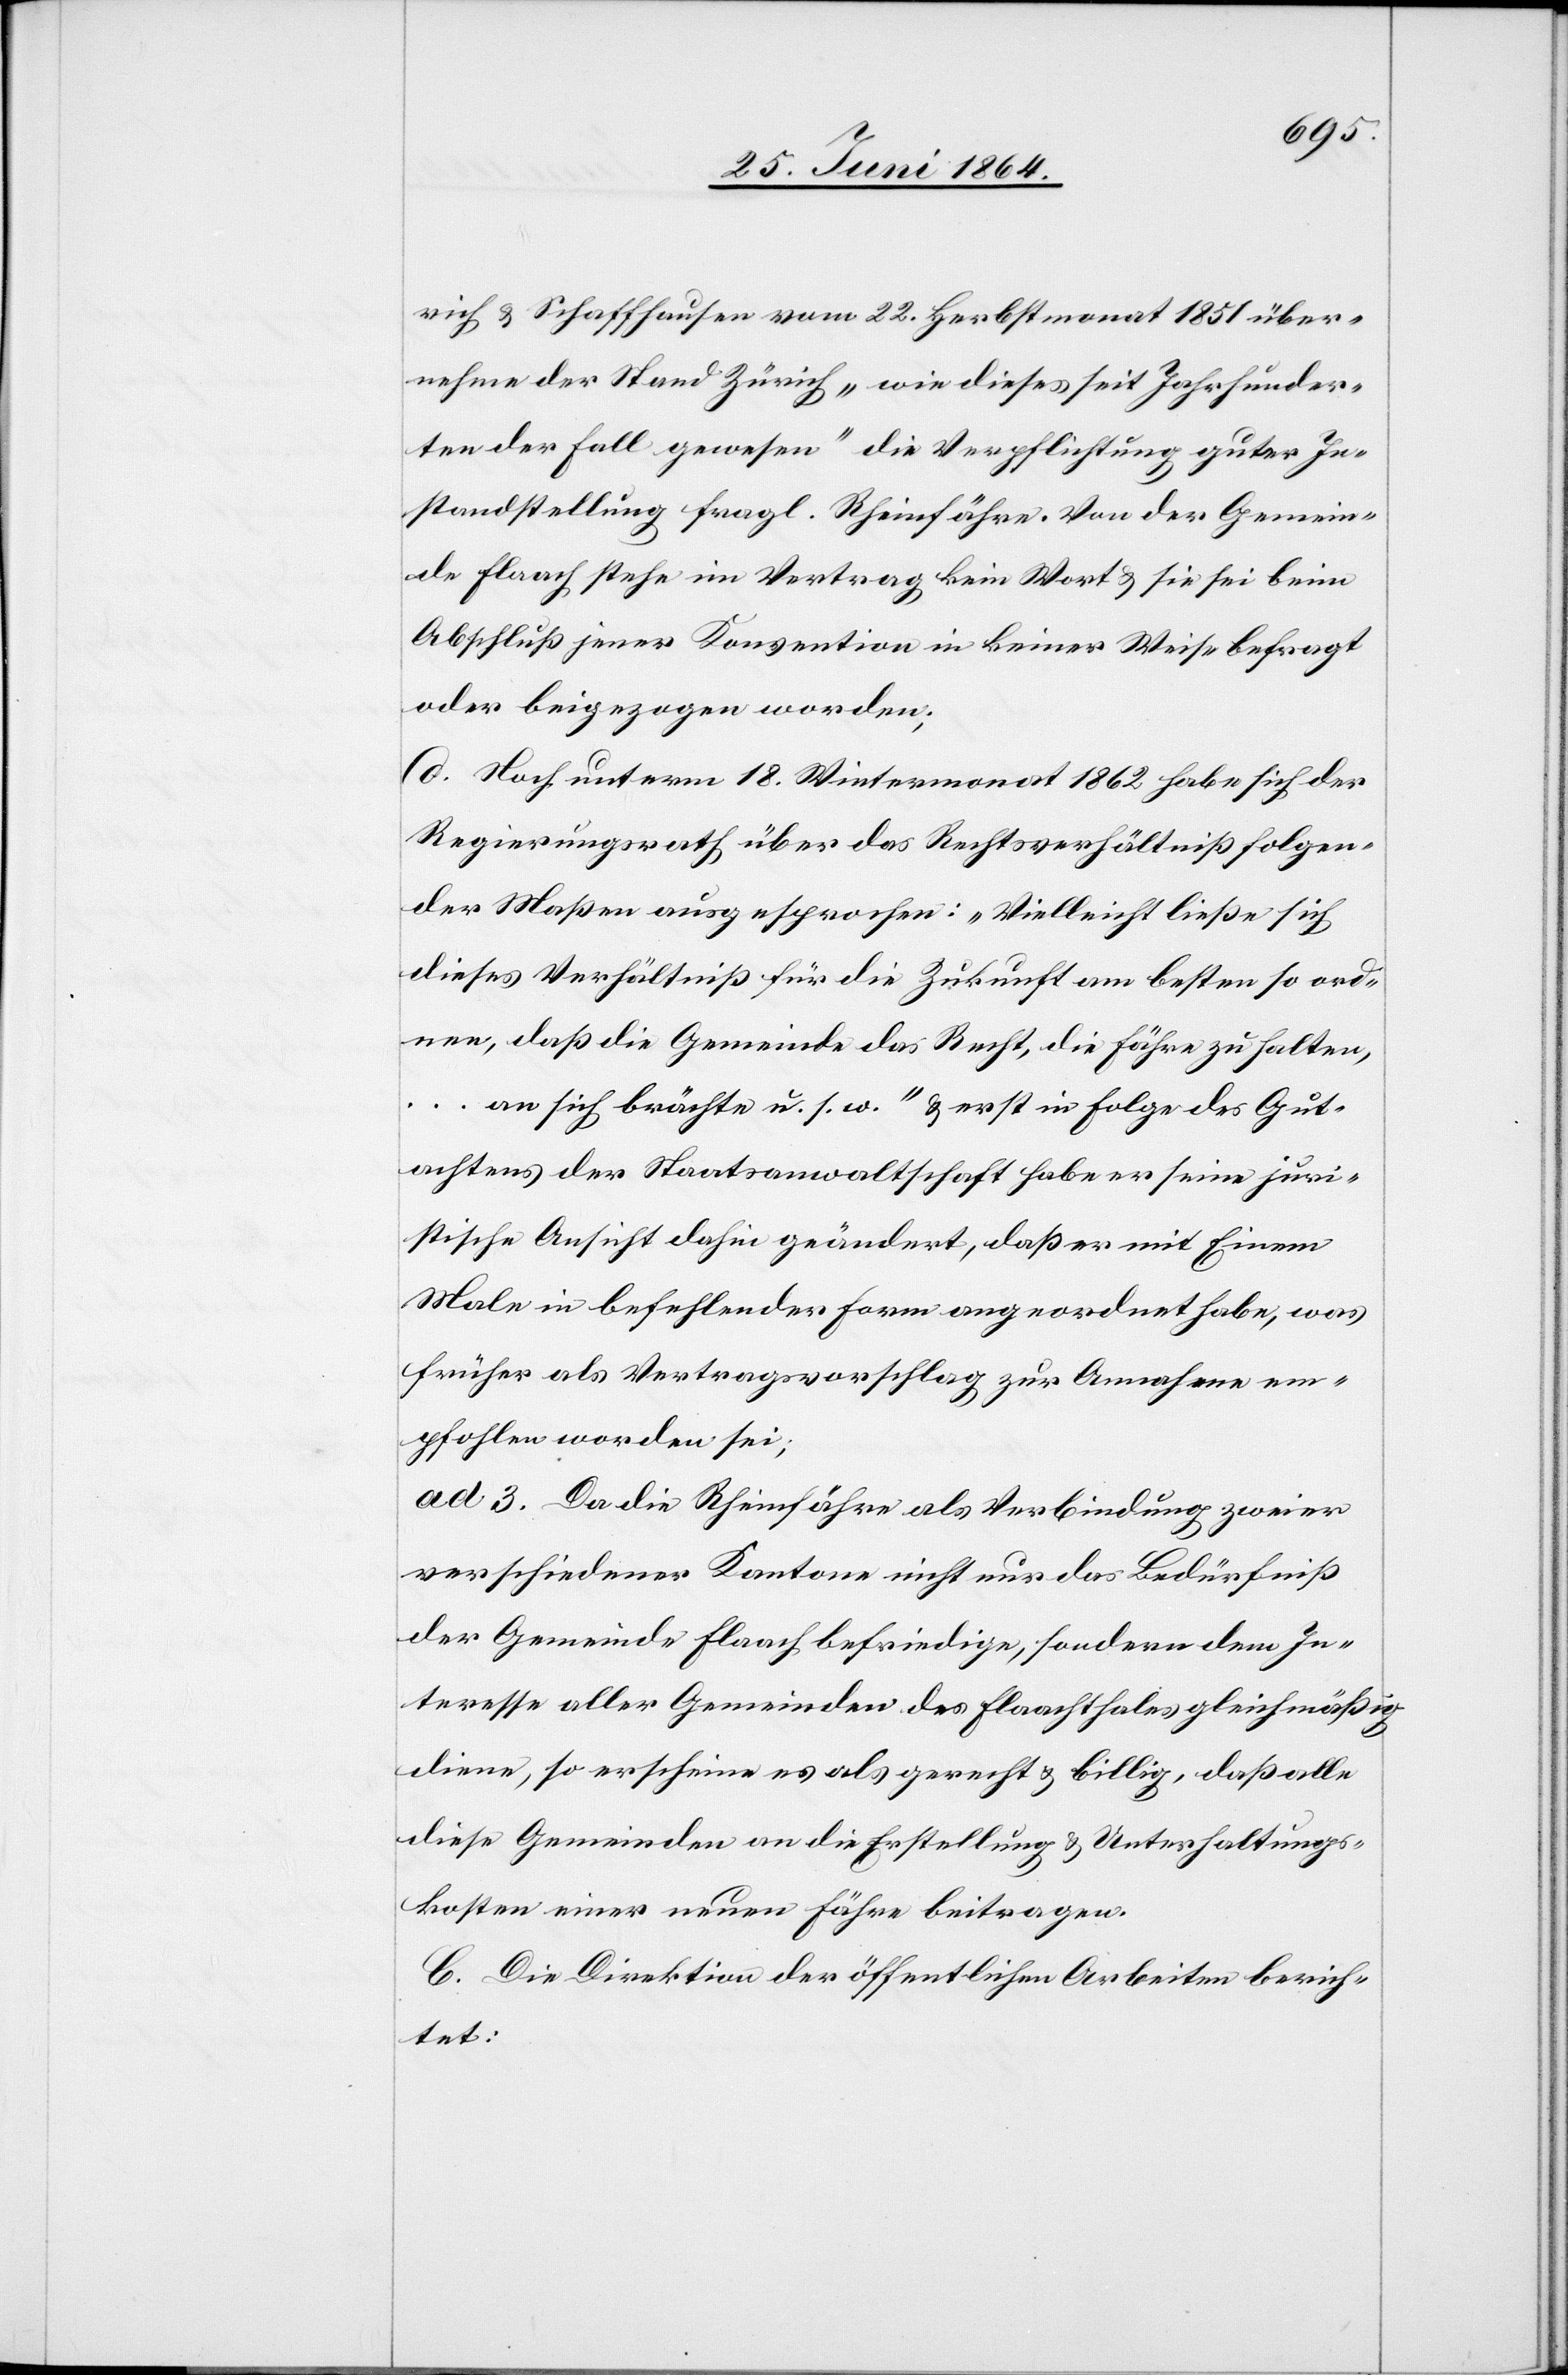
rich u. Schaffhausen vom 22. Herbstmonat 1851 über¬
nehme der Stand Zürich „wie dieses seit Jahrhunder¬
ten der Fall gewesen“ die Verpflichtung guter In¬
standstellung fragl. Rheinfähre. Von der Gemein¬
de Flaach stehe im Vertrag kein Wort u. sie sei beim
Abschluß jener Konvention in keiner Weise befragt
oder beigezogen worden;
d. Noch unterm 18. Wintermonat 1862 habe sich der
Regierungsrath über das Rechtsverhältniß folgen¬
der Maßen ausgesprochen: „Vielleicht ließe sich
dieses Verhältniß für die Zukunft am besten so ord¬
nen, daß die Gemeinde das Recht, die Fähre zu halten,
… an sich brächte u. s. w.“ u. erst in Folge des Gut¬
achtens der Staatsanwaltschaft habe er seine juri¬
stische Ansicht dahin geändert, daß er mit Einem
Male in befehlender Form angeordnet habe, was
früher als Vertragsvorschlag zur Annahme em¬
pfohlen worden sei;
ad 3. Da die Rheinfähre als Verbindung zweier
verschiedener Kantone nicht nur das Bedürfniß
der Gemeinde Flaach befriedige, sondern dem In¬
teresse aller Gemeinden des Flaachthales gleichmäßig
diene, so erscheine es als gerecht u. billig, daß alle
diese Gemeinden an die Erstellung u. Unterhaltungs¬
kosten einer neuen Fähre beitragen.
C. Die Direktion der öffentlichen Arbeiten berich¬
tet: